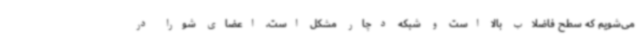
می‌شویم که سطح فاضلاب بالا است و شبکه دچار مشکل است. اعضای شورا در